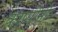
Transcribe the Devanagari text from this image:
काप्पोनी